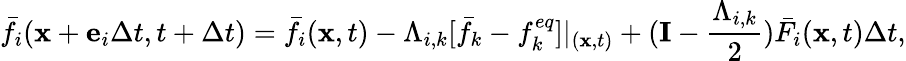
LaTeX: {\bar{f}_{i}}({\mathbf{x}}+{{\mathbf{e}}_{i}}\Delta t,t+\Delta t)={\bar{f}_{i}}({\mathbf{x}},t)-{\Lambda_{i,k}}[{\bar{f}_{k}}-f_{k}^{eq}]{|_{({\mathbf{x}},t)}}+({\mathbf{I}}-\frac{{{\Lambda_{i,k}}}}{2}){\bar{F}_{i}}({\mathbf{x}},t)\Delta t,